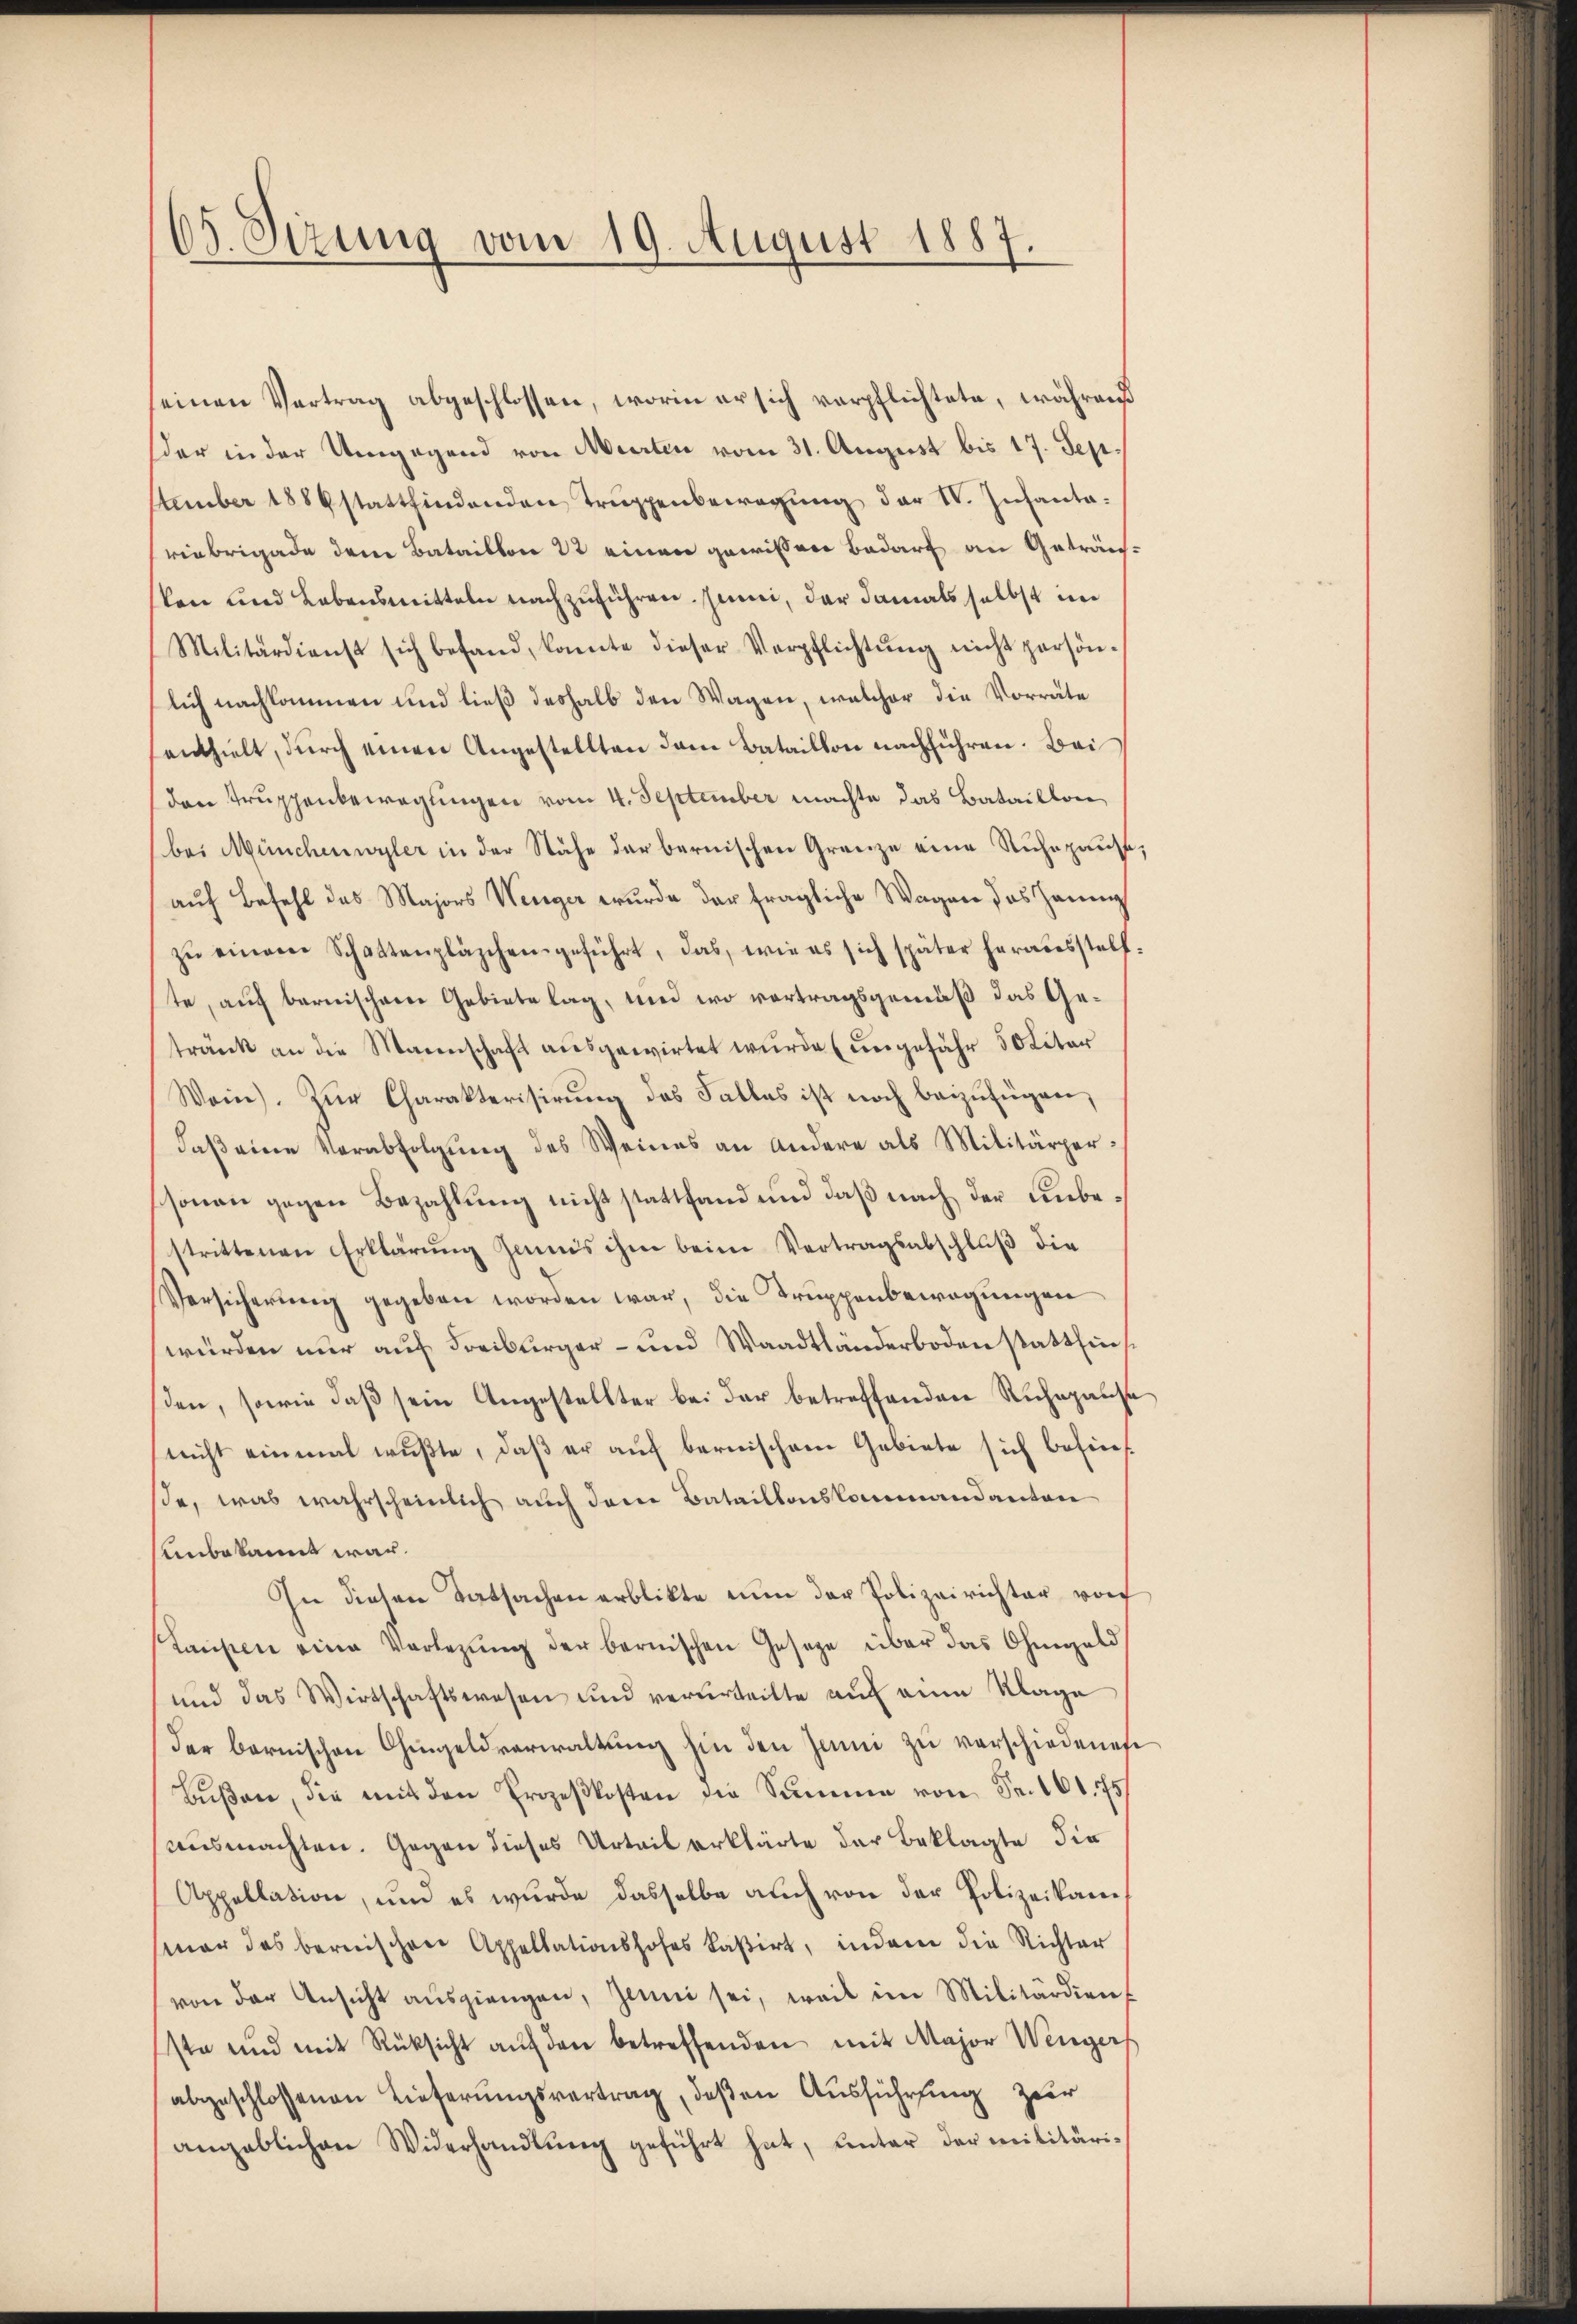
65. Sizung vom 19. August 1887.

einen Vertrag abgeschlossen, worin er sich verpflichtete, während
der in der Umgegend von Murten vom 31. August bis 17. Sep.
ttember 1886 stattfindenden Trŭppenbewegung der I. Infanta.
viebrigade dem Bataillon 22 einen gewissen Bedarf an Geträufsten und Lebensmitteln nachzuführen. Junii, der damals selbst im
Militärdienst sich befand, konnte dieser Verpflichtŭng nicht persön-
lich nachkommen und ließ deshalb den Wagen, welcher die Vorrate
enthielt, durch einen Angestellten dem Bataillon nachführen. Bei
den Truppenbewegungen vom 4. September machte das Bataillon
bei Münchenwyler in der Nähe der bernischen Grenze eine Ruhepause,
auf Befehl des Majors Weiger wurde der fragliche Wagen das Haung
zŭ einem Schattenpläschengeführt, das, wie es sich später herausstell.
te, auf bernischen Gebiete lag, und wo vortragsgemäß das Getränk an die Marenschaft ausgewirtet wurde (ungefähr 50 Liter
Wein). Zŭr Charakterisirŭng des Falles ist noch beizufügen,
daß eine Verabfolgung des Weines an andere als Militärpersonau gegen Bezahlung nicht stattfand und daß nach der unbestrittenen Erklärung zumis ihm beim Vertragsabschluß die
Versicherŭng gegeben worden war, die Truppenbewegungen
würden nur auf Freiburger- und Waadtländerboden stattfinsden, sowie daß sein Angestellter bei der betreffenden Ruhepause
nicht einmal wußte, daß er auf bernischem Gebiete sich befinße, was wahrscheinlich auch den Bataillonskommandanton
Unbekannt war.
In diesen Tatsachen erblikte nun der Polizeirichter vor
Laupen eine Vorlegung der bernischen Gesetze über das Ohmgeld
und das Wirtschaftswesen und verurteilte auf eine Klage
der bernischen Chingeldverwaltung hin den Jann zu verschiedenen
Bŭβen, die mit den Prozeßkosten die Summe von Fr. 101. Es
ausmachten. Gegen dieses Urteil erklärte der Beklagte die
Appellation, und es wurde dasselbe auch von der Polizeikane
mar das bernischen Appellationshofes kasirt, indem die Richter
von der Ansicht aŭsgiengen, Jenni sei, weil im Militärdien
ste und mit Rüksicht aŭf den betreffenden mit Major Wenger
abgeschlossenen Lieferungsvertrag, deßen Ausführung zur
angeblichen Widerhandlŭng geführt hat, unter der militäri-